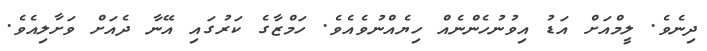
ދިނެވެ. ލީމްއަަށް އަޑު އިވުނުހެންނެއް ހިޔެއްނުވެއެވެ. ހަމްޒާގެ ކަރުގައި އޭނާ ދެއަށް ވަށާލިއެވެ.